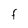
Character: F